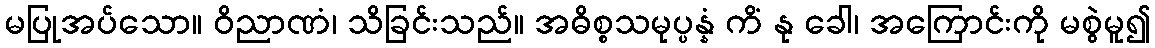
မပြုအပ်သော။ ဝိညာဏံ၊ သိခြင်းသည်။ အဓိစ္စသမုပ္ပန္နံ ကိံ နု ခေါ၊ အကြောင်းကို မစွဲမူ၍